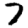
Digit: 7